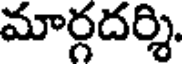
మార్గదర్శి.